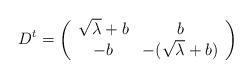
LaTeX: \begin{align*} D^t = \left(\begin{array}{cc} \sqrt{\lambda} +b&b \\-b &-( \sqrt{\lambda} +b)\end{array}\right)\end{align*}